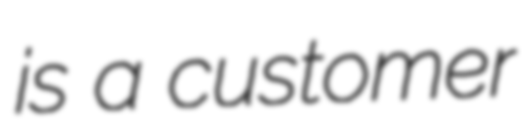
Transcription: is a customer